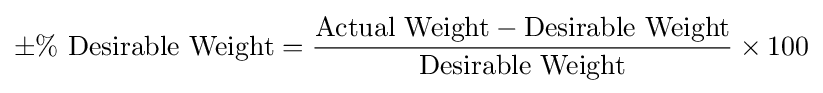
\pm \%{\text{ Desirable Weight}}={\frac {{\text{Actual Weight}}-{\text{Desirable Weight}}}{\text{Desirable Weight}}}\times 100